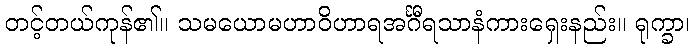
တင့်တယ်ကုန်၏။ သမယောမဟာဝိဟာရအင်္ဂီရသာနံကားရှေးနည်း။ ရုက္ခာ၊